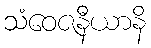
သံဝေဇနီယာနိ